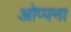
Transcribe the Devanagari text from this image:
ओप्पना